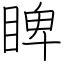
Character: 睥